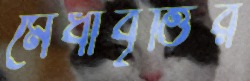
মেধাবৃত্তির